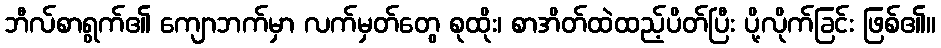
ဘီလ်စာရွက်၏ ကျောဘက်မှာ လက်မှတ်တွေ စုထိုး၊ စာအိတ်ထဲထည့်ပိတ်ပြီး ပို့လိုက်ခြင်း ဖြစ်၏။